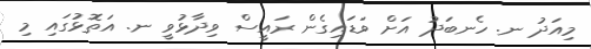
މިއަދު ނ. ހެނބަދު އަށް ވަޑައިގެން ރައީސް ވިދާޅުވީ ނ. އަތޮޅުގައި މި